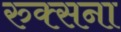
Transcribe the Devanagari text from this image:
रुक्सना